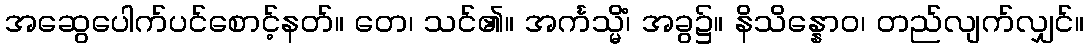
အဆွေပေါက်ပင်စောင့်နတ်။ တေ၊ သင်၏။ အင်္ကသ္မိံ၊ အခွ၌။ နိသိန္နောဝ၊ တည်လျက်လျှင်။